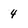
Character: 4